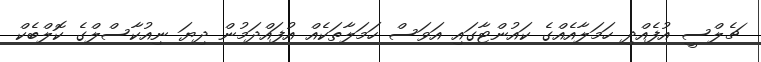
ޗެލްސީ އުފެއްދި ހަމަލާއެއްގެ ކައުންޓާގައި އަވަސް ހަމަލާތަކެއް އުފައްދަމުން ދިޔަ ނިއުކާސްލްގެ ކޮލްބެކް